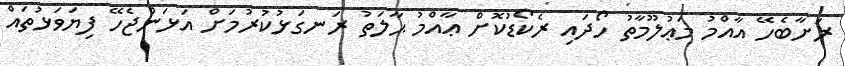
ރަށާބެހޭ އާއްމު މަޢުލޫމާތު ހޯދައި ރެކޯޑުކޮށް ޢާއްމު ޙާލަތު ރަނގަޅުކުރުމަށް އަޅަންޖެހޭ ފިޔަވަޅުތައް